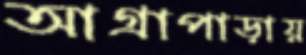
আগ্রাপাড়ায়